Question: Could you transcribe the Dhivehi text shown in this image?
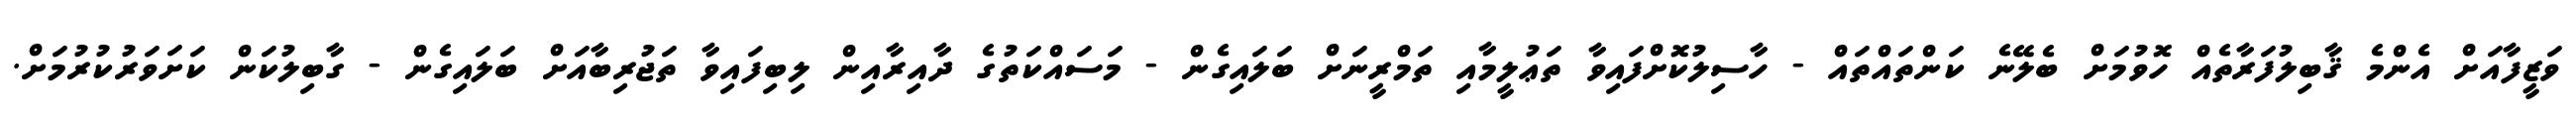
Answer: ވަޒީފާއަށް އެންމެ ޤާބިލުފަރާތެއް ހޮވުމަށް ބެލޭނެ ކަންތައްތައް - ހާސިލުކޮށްފައިވާ ތަޢުލީމާއި ތަމްރީނަށް ބަލައިގެން - މަސައްކަތުގެ ދާއިރާއިން ލިބިފައިވާ ތަޖުރިބާއަށް ބަލައިގެން - ގާބިލުކަން ކަށަވަރުކުރުމަށް.